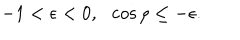
LaTeX: - 1 < \epsilon < 0 , \ \ \cos \rho \le - \epsilon .